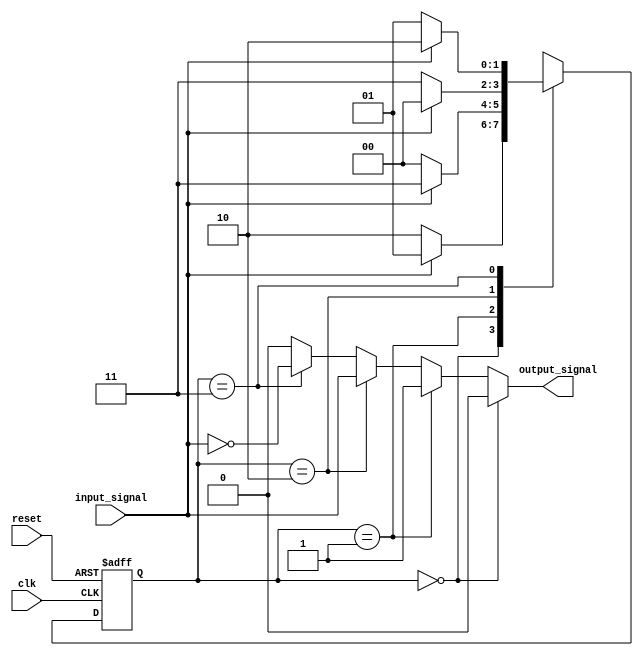
module fsm (
  input wire clk,
  input wire reset,
  input wire input_signal,
  
  output reg output_signal
);

// Define states
parameter STATE_A = 2'b00;
parameter STATE_B = 2'b01;
parameter STATE_C = 2'b10;
parameter STATE_D = 2'b11;

// Define state matrix
reg [1:0] current_state;
reg [1:0] next_state;

// Next state logic
always @* begin
  case (current_state)
    STATE_A: begin
      next_state = input_signal ? STATE_B : STATE_C;
    end
    STATE_B: begin
      next_state = input_signal ? STATE_D : STATE_A;
    end
    STATE_C: begin
      next_state = input_signal ? STATE_A : STATE_D;
    end
    STATE_D: begin
      next_state = input_signal ? STATE_C : STATE_B;
    end
  endcase
end

// State transition
always @(posedge clk or posedge reset) begin
  if (reset) begin
    current_state <= STATE_A;
  end else begin
    current_state <= next_state;
  end
end

// Output logic
always @* begin
  output_signal = (current_state == STATE_A) ? 1'b0 :
                  (current_state == STATE_B) ? 1'b1 :
                  (current_state == STATE_C) ? input_signal :
                  (current_state == STATE_D) ? ~input_signal :
                  1'b0;
end

endmodule